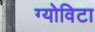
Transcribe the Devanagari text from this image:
ग्योविटा